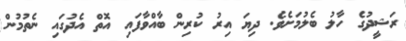
ރަޝީދުގެ ހާލު ބެލުމަށެވެ. ދިޔަ އިރު ކުރިން ބާއްވާފައި އޮތް އެދުގައި ނެތުމުން